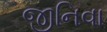
જીનિવા